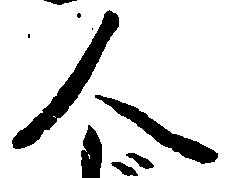
人